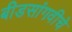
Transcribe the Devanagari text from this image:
बीडसांगवीचे